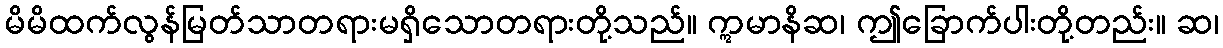
မိမိထက်လွန်မြတ်သာတရားမရှိသောတရားတို့သည်။ ဣမာနိဆ၊ ဤခြောက်ပါးတို့တည်း။ ဆ၊